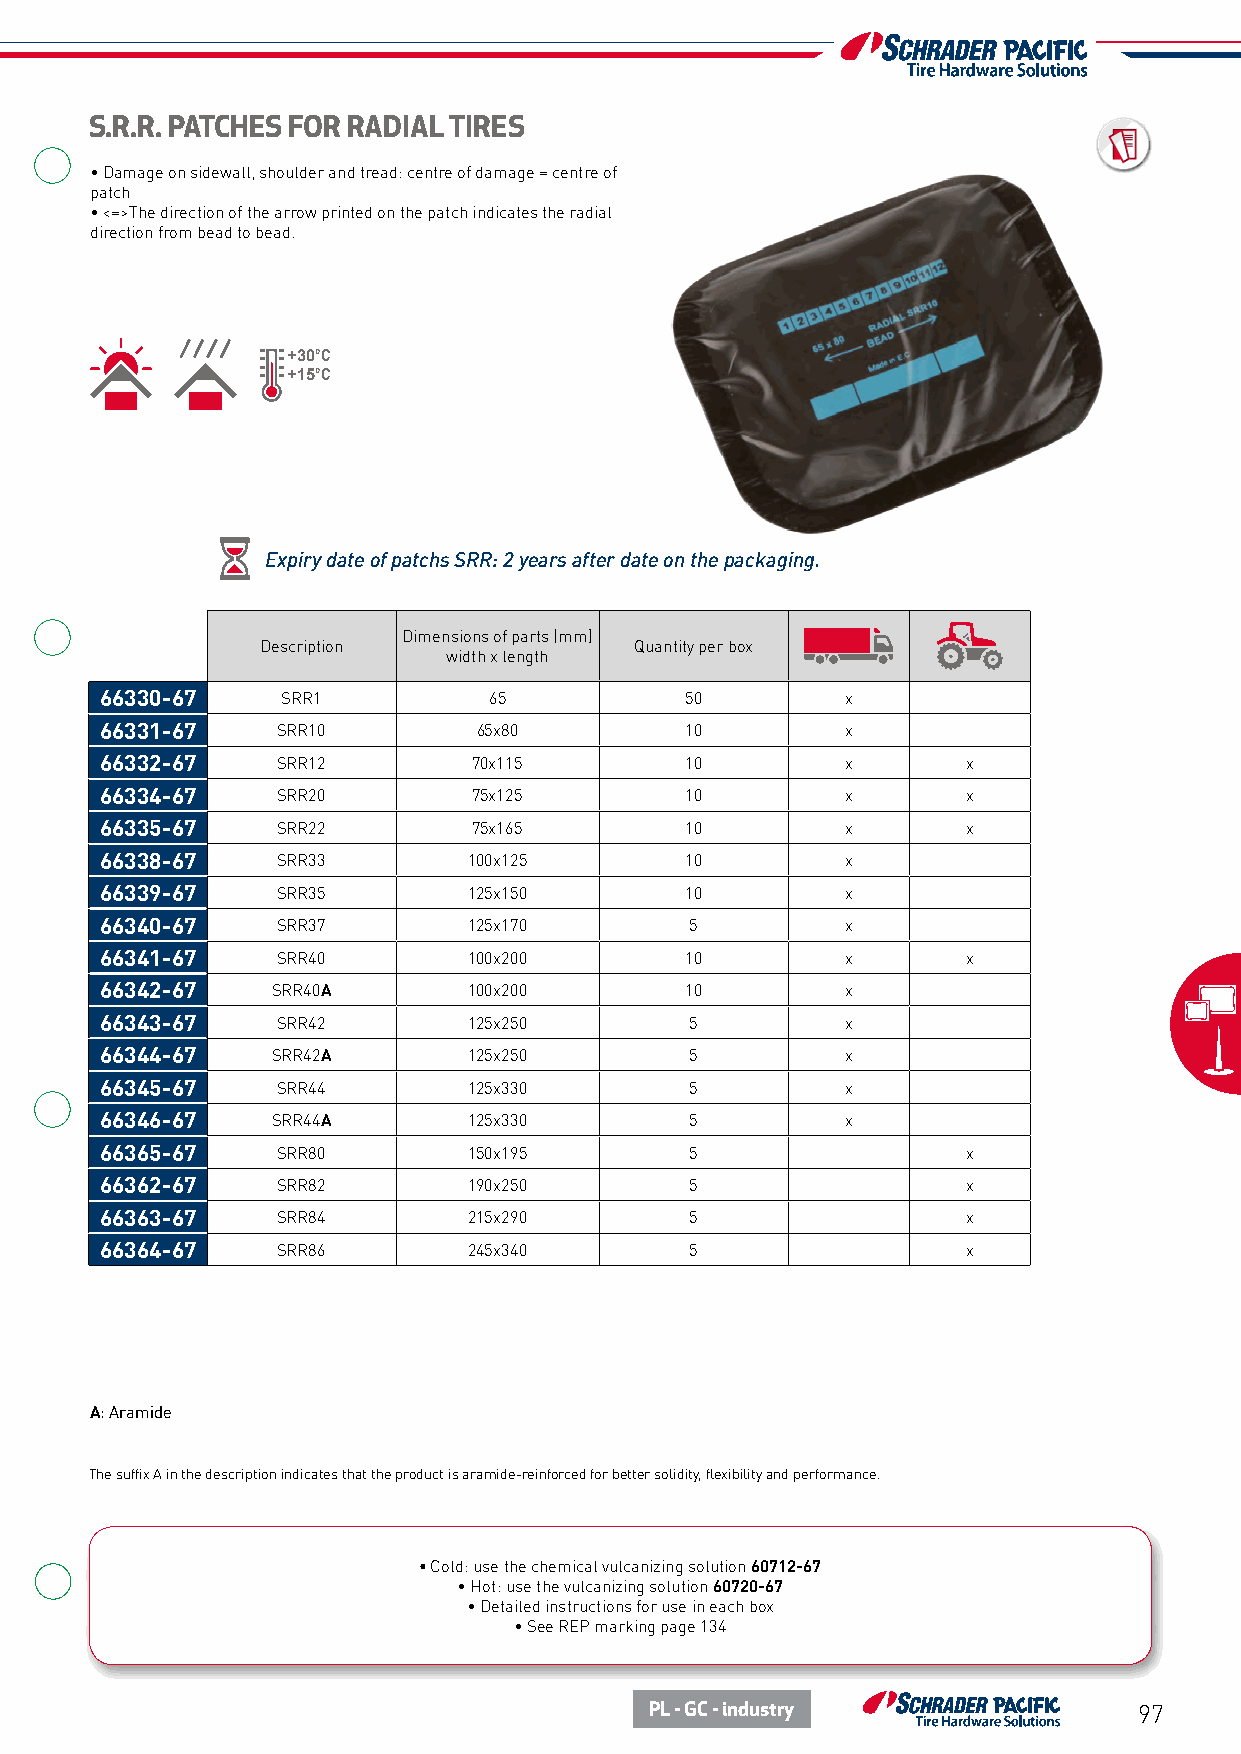
S.R.R. PATCHES FOR RADIAL TIRES
 • Damage on sidewall, shoulder and tread: centre of damage = centre of
 patch
 • <=>The direction of the arrow printed on the patch indicates the radial
 direction from bead to bead.
 +30°C
 +15°C
 Expiry date of patchs SRR: 2 years after date on the packaging.
 Dimensions of parts (mm)
 Description              Quantity per box
 width x length
 66330-67    SRR1         65           50         x
 66331-67   SRR10         65x80        10         x
 66332-67   SRR12        70x115        10         x       x
 66334-67   SRR20        75x125        10         x       x
 66335-67   SRR22        75x165        10         x       x
 66338-67   SRR33        100x125       10         x
 66339-67   SRR35        125x150       10         x
 66340-67   SRR37        125x170        5         x
 66341-67   SRR40        100x200       10         x       x
 66342-67   SRR40A       100x200       10         x
 66343-67   SRR42        125x250        5         x
 66344-67   SRR42A       125x250        5         x
 66345-67   SRR44        125x330        5         x
 66346-67   SRR44A       125x330        5         x
 66365-67   SRR80        150x195        5                 x
 66362-67   SRR82        190x250        5                 x
 66363-67   SRR84        215x290        5                 x
 66364-67   SRR86        245x340        5                 x
 A: Aramide
 The suffix A in the description indicates that the product is aramide-reinforced for better solidity, flexibility and performance.
 • Cold: use the chemical vulcanizing solution 60712-67
 • Hot: use the vulcanizing solution 60720-67
 • Detailed instructions for use in each box
 • See REP marking page 134
 PL - GC - industry              97